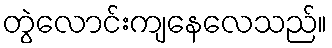
တွဲလောင်းကျနေလေသည်။